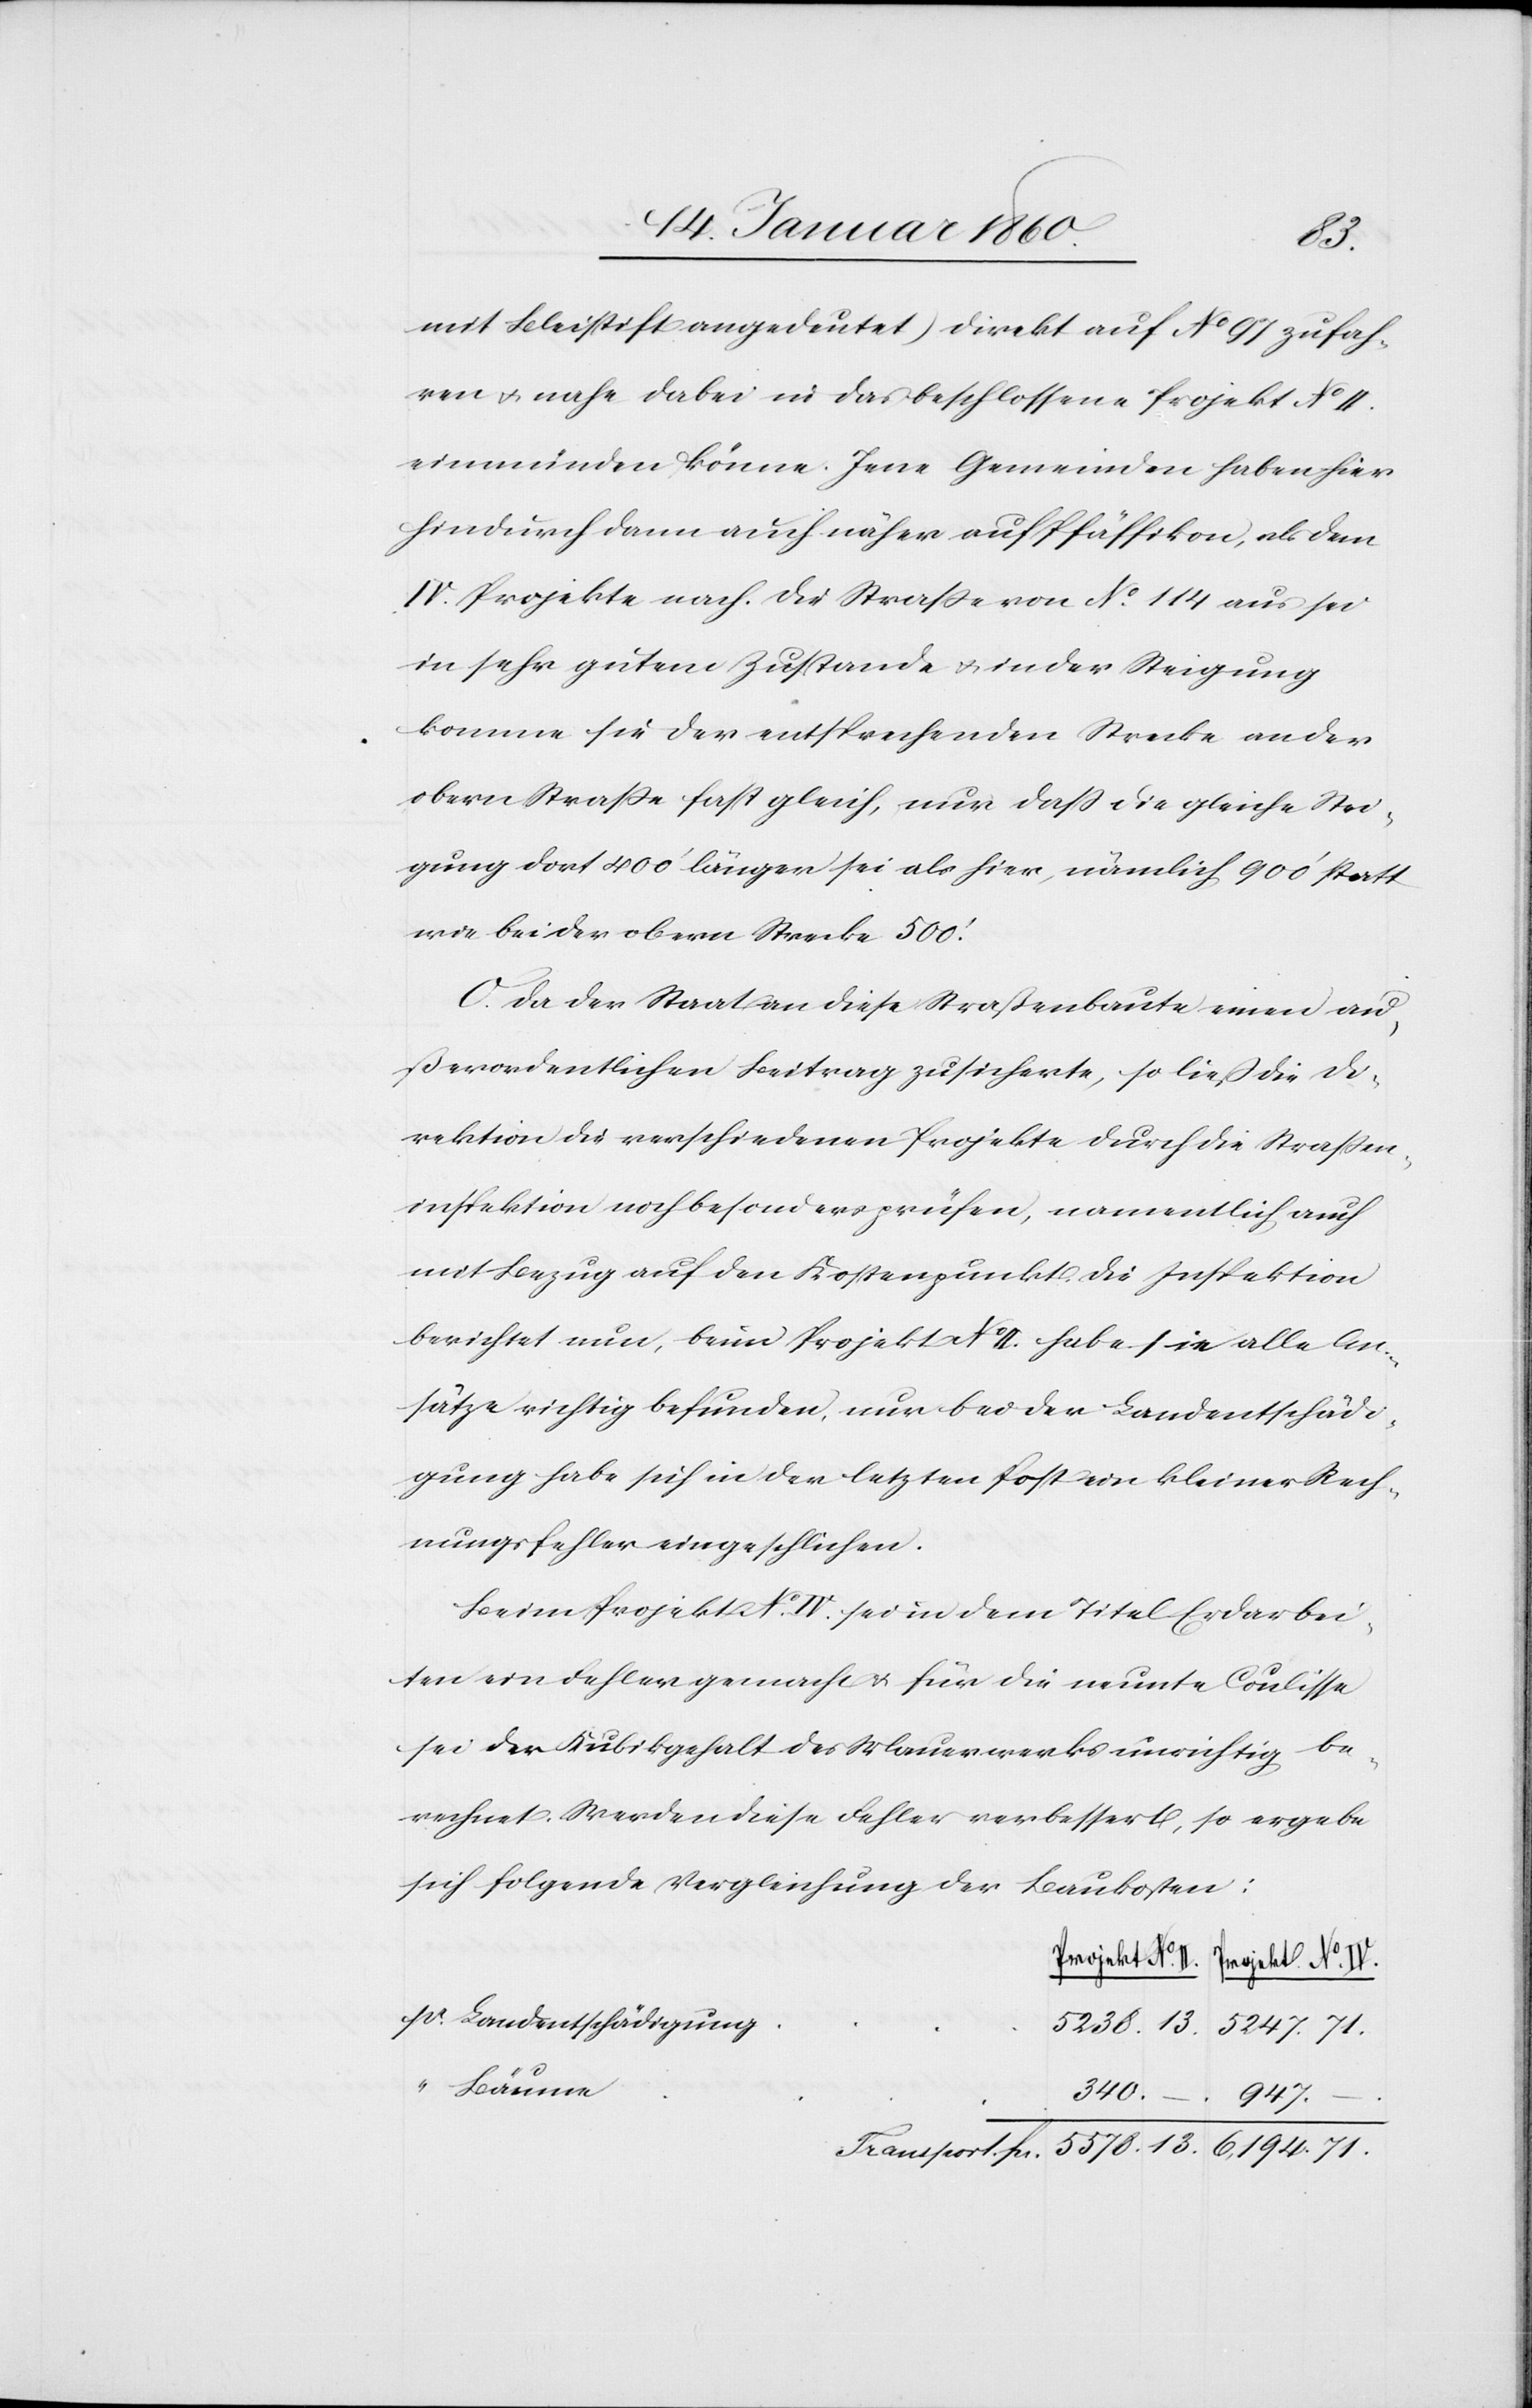
13.
mit Bleistift angedeutet) direkt auf No 97 zufah¬
ren u. nahe dabei in das beschlossene Projekt No II
einmünden könne. Jene Gemeinden haben hier
hindurch dann nicht näher auf Pfäffikon, als dem
IV. Projekte nach. Die Strasse von No 114. aus sei
in sehr gutem Zustande u. in der Steigung
komme sie der Entsprechenden Strecke an der
obern Strasse fast gleich, nur daß die gleiche Stei¬
gung dort 400’ länger sie als hier, nämlich 900’ statt
wie bei der obern Strecke 500’.
O. Da der Staat an diese Strassenbaute einen au¬
ßerordentlichen Beitrag zusicherte, so ließ die D¬
irektion noch besonders prüfen, namentlich auch
mit Bezug auf den Kostenpunkt. Die Inspektion
berichte nun, beim Projekt No II. habe sie alle An¬
sätze richtig befunden, nur bei der Landentschädi¬
gung hab sich in der letzten Post ein kleiner Rech¬
nungsfehler eingeschlichen.
Beim Projekt No IV sei in dem Titel Erdarbei¬
ten ein Fehler gemacht u. für die neunte Coulisse
sei der Kubikgehalt des Mauerwerks unrichtig be¬
rechnet. Werden diese Fehler verbessert, so ergebe
sich folgende Vergleichung der Baukosten:
Projekt No IV.
Landentschädigung
Bäume
6,194.
71.